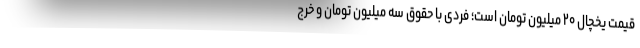
قیمت یخچال ۲۰ میلیون تومان است؛ فردی با حقوق سه میلیون تومان و خرج